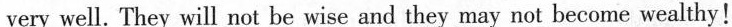
very well. They will not be wise and they may not become wealthy!